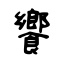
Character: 饗